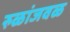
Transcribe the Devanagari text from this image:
रुळांजवळ